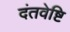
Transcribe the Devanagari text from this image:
दंतवेष्टि